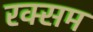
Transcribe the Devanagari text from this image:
रक्सम